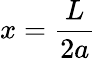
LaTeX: x=\frac{L}{2a}